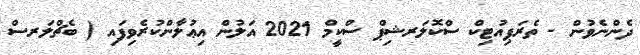
ދެންނެވުން - ތެރަޕިއުޓިކް ސްކޮލަރޝިޕް ސްކީމް 2021 އަލުން އިޢުލާންކުރެވިފައި ( ބެޗްލަރސް